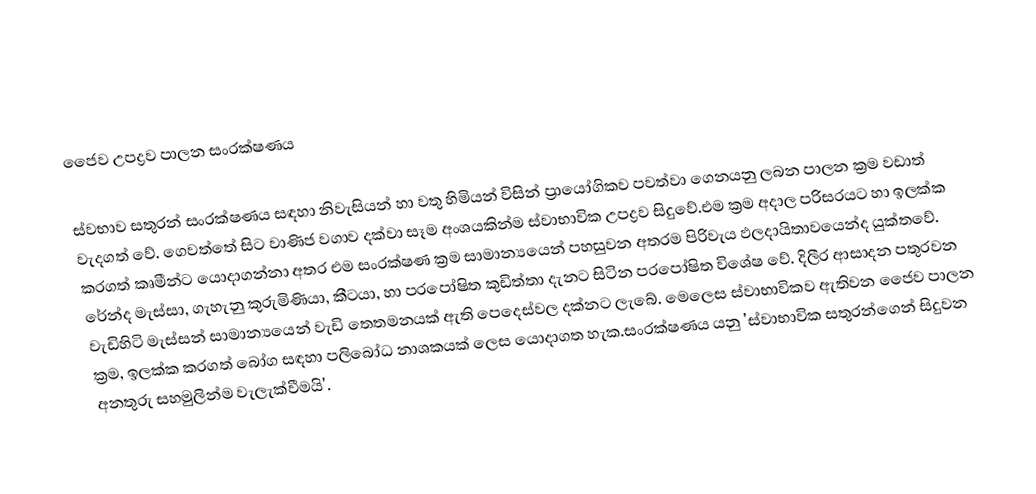
ජෛව උපද්‍රව පාලන සංරක්ෂණය

ස්වභාව සතුරන් සංරක්ෂණය සඳහා නිවැසියන් හා වතු හිමියන් විසින් ප්‍රායෝගිකව පවත්වා ගෙනයනු ලබන පාලන ක්‍රම වඩාත් වැදගත් වේ. ගෙවත්තේ සිට වාණිජ වගාව දක්වා සෑම අංශයකින්ම ස්වාභාවික උපද්‍රව සිදුවේ.එම ක්‍රම අදාල පරිසරයට හා ඉලක්ක කරගත් කෘමීන්ට යොදාගන්නා අතර එම සංරක්ෂණ ක්‍රම සාමාන්‍යයෙන් පහසුවන අතරම පිරිවැය ඵලදායිතාවයෙන්ද යුක්තවේ. රේන්ද මැස්සා, ගැහැනු කුරුමිණියා, කීටයා,  හා පරපෝෂිත කුඩිත්තා දැනට සිටින පරපෝෂිත විශේෂ වේ. දිලීර ආසාදන පතුරවන වැඩිහිටි මැස්සන් සාමාන්‍යයෙන් වැඩි තෙතමනයක් ඇති පෙදෙස්වල දක්නට ලැබේ. මෙලෙස ස්වාභාවිකව ඇතිවන ජෛව පාලන ක්‍රම, ඉලක්ක කරගත් බෝග සඳහා පලිබෝධ නාශකයක් ලෙස යොදාගත හැක.සංරක්ෂණය යනු 'ස්වාභාවික සතුරන්ගෙන් සිදුවන අනතුරු සහමුලින්ම වැලැක්වීමයි'.